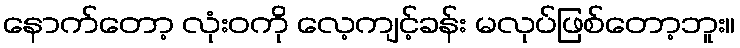
နောက်တော့ လုံးဝကို လေ့ကျင့်ခန်း မလုပ်ဖြစ်တော့ဘူး။